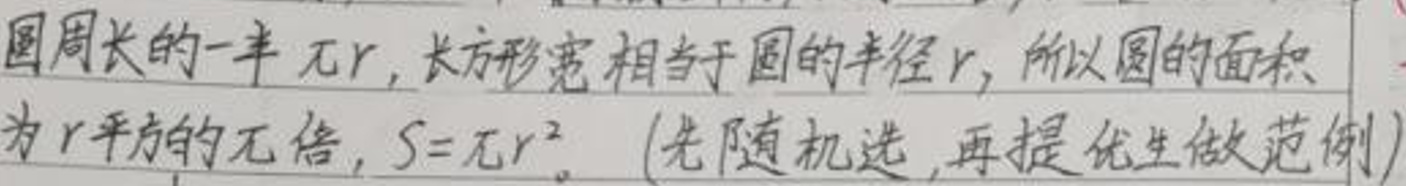
圆周长的一半$\pi r$, 长方形宽相当于圆的半径$r$, 所以圆的面积为$r$平方的$\pi$倍, $S = \pi r^{2}$。(先随机选, 再提优生做范例)